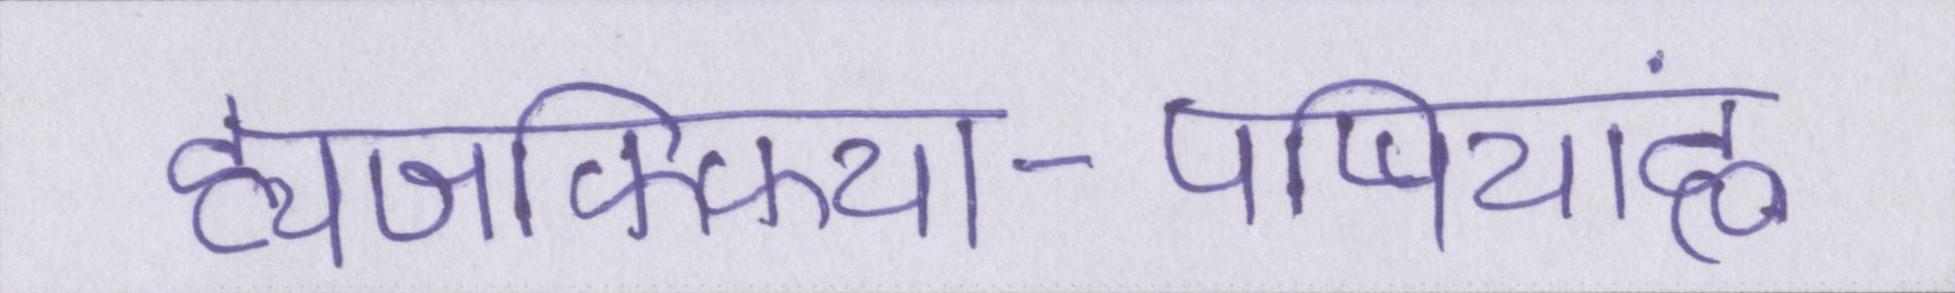
ह्यजफ्फिया-पप्पियांह्ण